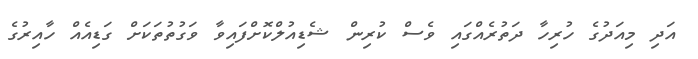
އަދި މިއަދުގެ ހުރިހާ ދަތުރެއްގައި ވެސް ކުރިން ޝެޑިއުލްކޮށްފައިވާ ވަގުތުތަކަށް ގަޑިއެއް ހާއިރުގެ